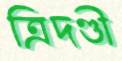
ত্রিদণ্ডী